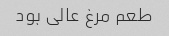
طعم مرغ عالی بود